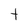
Character: t